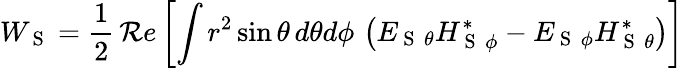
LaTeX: W_{\mathrm{~S~}}=\frac{1}{2}\, \mathcal{R}e\left[\int r^{2}\sin{\theta}\, d\theta d\phi\, \left(E_{{\mathrm{~S~}}\, \theta}H_{{\mathrm{~S~}}\, \phi}^{*}-E_{{\mathrm{~S~}}\, \phi}H_{{\mathrm{~S~}}\, \theta}^{*}\right)\right]